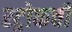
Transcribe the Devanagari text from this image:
स्ट्रोकची